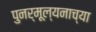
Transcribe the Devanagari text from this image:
पुनर्मूल्यनाच्या